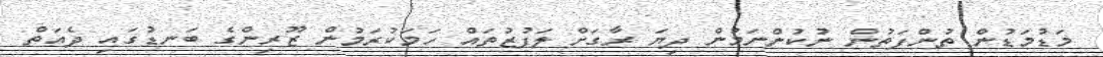
މަޑުމަޑުން ތުންފަތުން ނުކުންނަމުން ދިޔަ ރާގަށް ލަފުޒުތައް ހަމަކުރަމުން ޒޫރިންގެ ބަނޑުގައި ދެއަތް